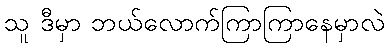
သူ ဒီမှာ ဘယ်လောက်ကြာကြာနေမှာလဲ